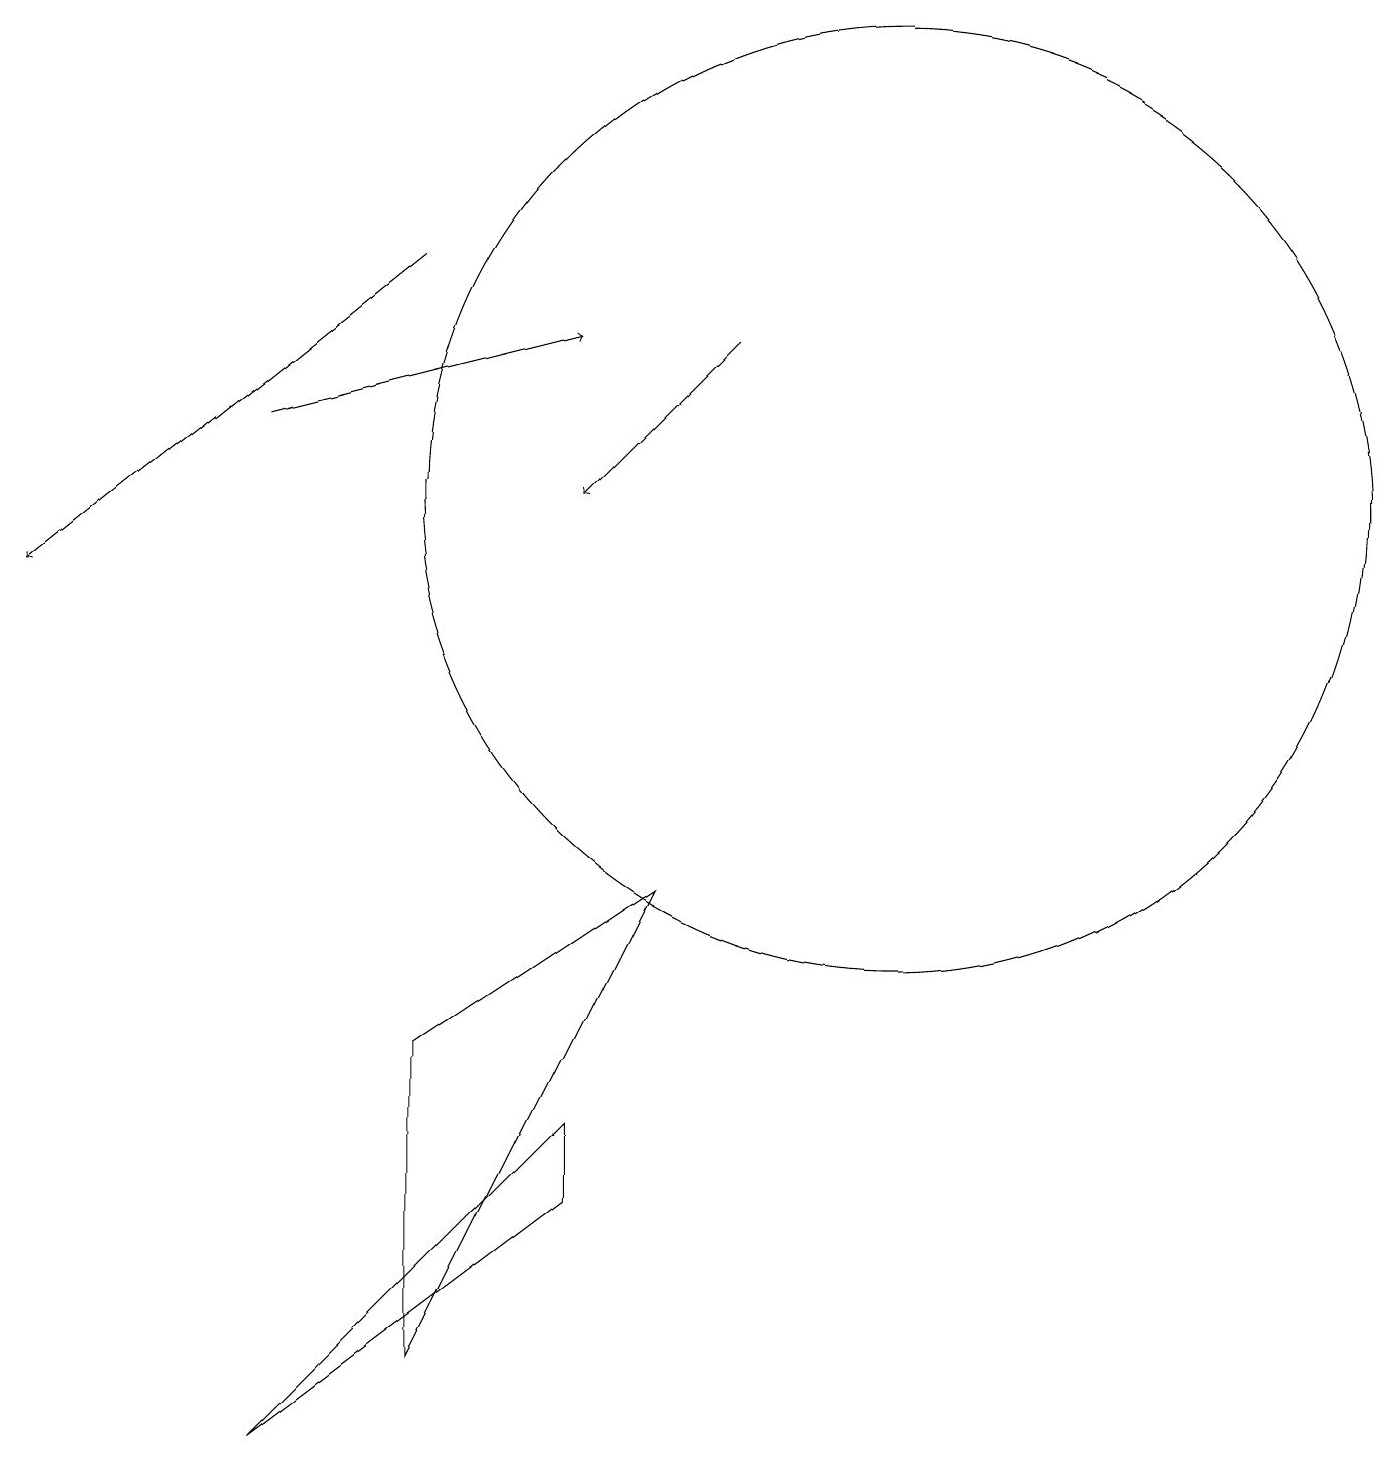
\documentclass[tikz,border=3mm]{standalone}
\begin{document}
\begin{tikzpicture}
\draw (7,3) -- (7,4) -- (3,0) -- cycle;
\draw (5,5) -- (8,7) -- (5,1) -- cycle;
\draw[->] (9,14) -- (7,12);
\draw[->] (3,13) -- (7,14);
\draw (11,12) circle (6);
\draw[->] (5,15) -- (0,11);
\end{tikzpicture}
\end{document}